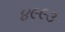
૪૯૯૩